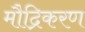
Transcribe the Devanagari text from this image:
मौद्रिकरण